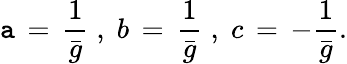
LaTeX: \mathtt{a}\, =\, \frac{{1}}{{\bar{{g}}}}\; ,\; b\, =\, \frac{{1}}{{\bar{{g}}}}\; ,\; c\, =\, -\frac{{1}}{{\bar{{g}}}}.